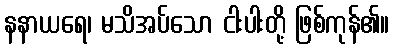
နနာယရေ၊ မသိအပ်သော ငါးပါးတို့ ဖြစ်ကုန်၏။